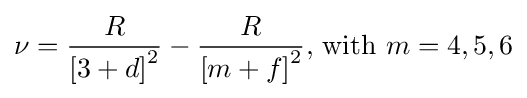
\nu ={\frac {R}{\left[3+d\right]^{2}}}-{\frac {R}{\left[m+f\right]^{2}}}{\text{, with }}m=4,5,6